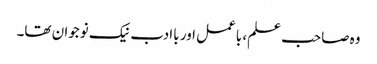
وہ صاحب علم، باعمل اور باادب نیک نوجوان تھا۔